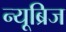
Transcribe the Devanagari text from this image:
न्यूब्रिज